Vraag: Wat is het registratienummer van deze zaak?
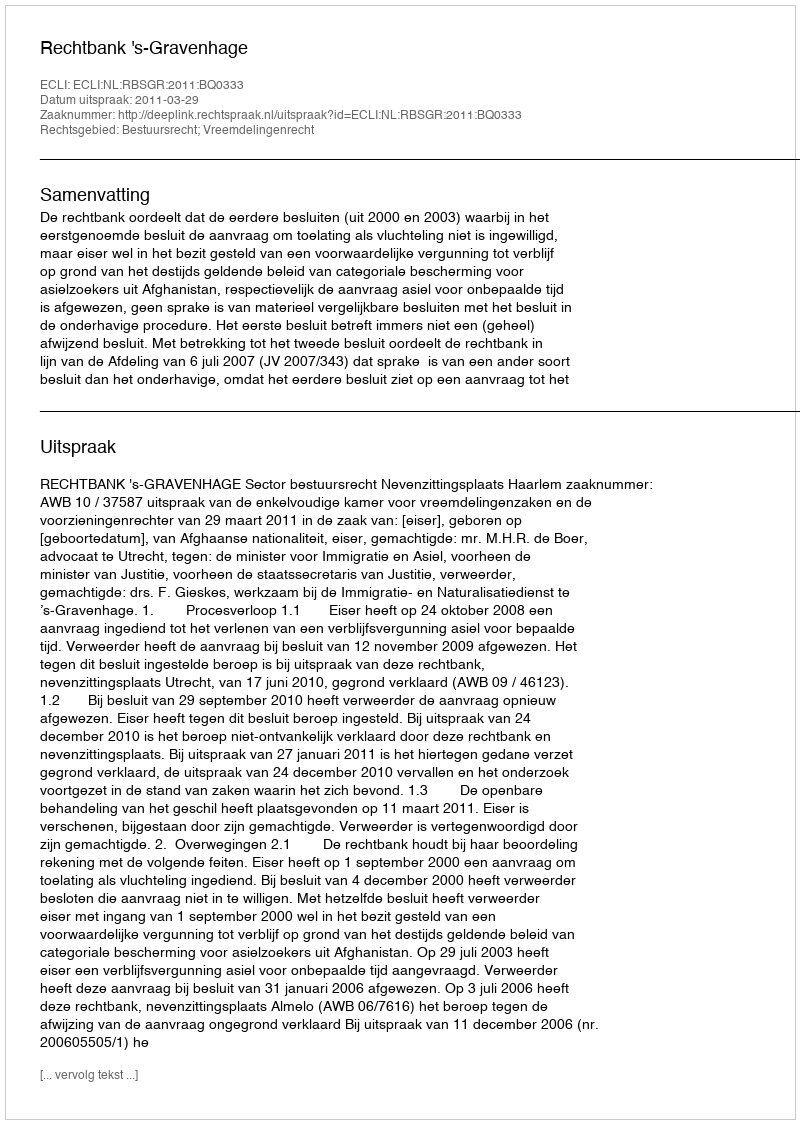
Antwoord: http://deeplink.rechtspraak.nl/uitspraak?id=ECLI:NL:RBSGR:2011:BQ0333